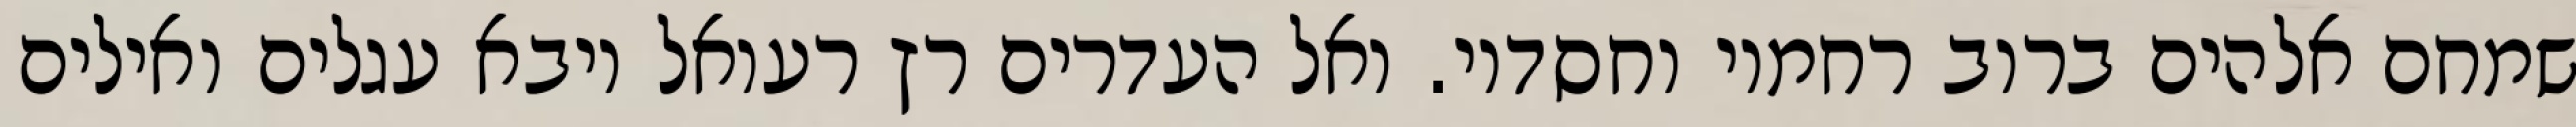
שמחם אלהים ברוב רחמיו וחסדיו. ואל העדרים רץ רעואל ויבא עגלים ואילים